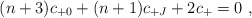
\begin{align*}(n+3) c_{+0} + (n+1) c_{+J} + 2 c_{+} = 0\ ,\end{align*}